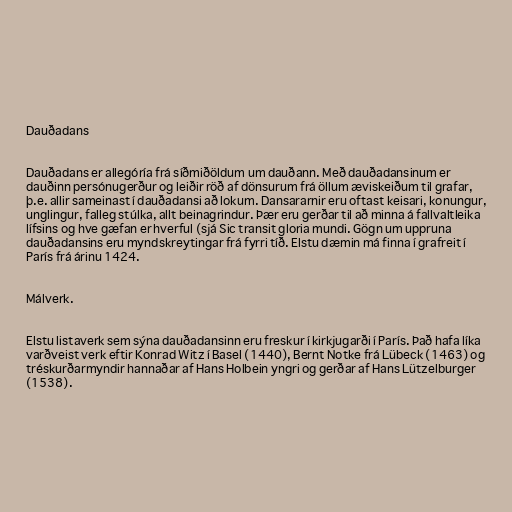
Dauðadans

Dauðadans er allegóría frá síðmiðöldum um dauðann. Með dauðadansinum er
dauðinn persónugerður og leiðir röð af dönsurum frá öllum æviskeiðum til grafar,
þ.e. allir sameinast í dauðadansi að lokum. Dansararnir eru oftast keisari, konungur,
unglingur, falleg stúlka, allt beinagrindur. Þær eru gerðar til að minna á fallvaltleika
lífsins og hve gæfan er hverful (sjá Sic transit gloria mundi. Gögn um uppruna
dauðadansins eru myndskreytingar frá fyrri tíð. Elstu dæmin má finna í grafreit í
París frá árinu 1424.

Málverk.

Elstu listaverk sem sýna dauðadansinn eru freskur í kirkjugarði í París. Það hafa líka
varðveist verk eftir Konrad Witz í Basel (1440), Bernt Notke frá Lübeck (1463) og
tréskurðarmyndir hannaðar af Hans Holbein yngri og gerðar af Hans Lützelburger
(1538).